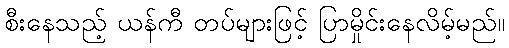
စီးနေသည့် ယန်ကီ တပ်များဖြင့် ပြာမှိုင်းနေလိမ့်မည်။